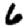
Digit: 6